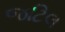
જટિલ